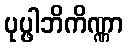
ပုပ္ဖါဘိကိဏ္ဏာ